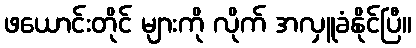
ဖယောင်းတိုင် များကို လိုက် အလှူခံနိုင်ပြီ။